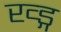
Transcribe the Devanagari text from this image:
ख्ड्ग